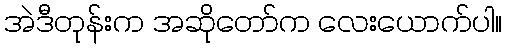
အဲဒီတုန်းက အဆိုတော်က လေးယောက်ပါ။